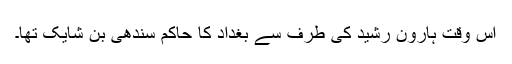
اس وقت ہارون رشید کی طرف سے بغداد کا حاکم سندھی بن شایک تھا۔